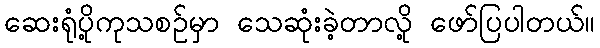
ဆေးရုံပို့ကုသစဥ်မှာ သေဆုံးခဲ့တာလို့ ဖော်ပြပါတယ်။